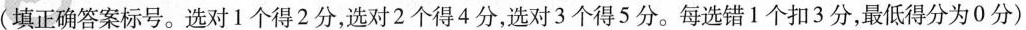
(填正确答案标号。选对1个得2分，选对2个得4分，选对3个得5分。每选错1个扣3分，最低得分为0分)